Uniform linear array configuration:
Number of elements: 32
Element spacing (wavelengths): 1
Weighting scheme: kaiser
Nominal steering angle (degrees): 60
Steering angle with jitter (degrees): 58.283
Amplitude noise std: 0.05
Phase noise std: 0.05

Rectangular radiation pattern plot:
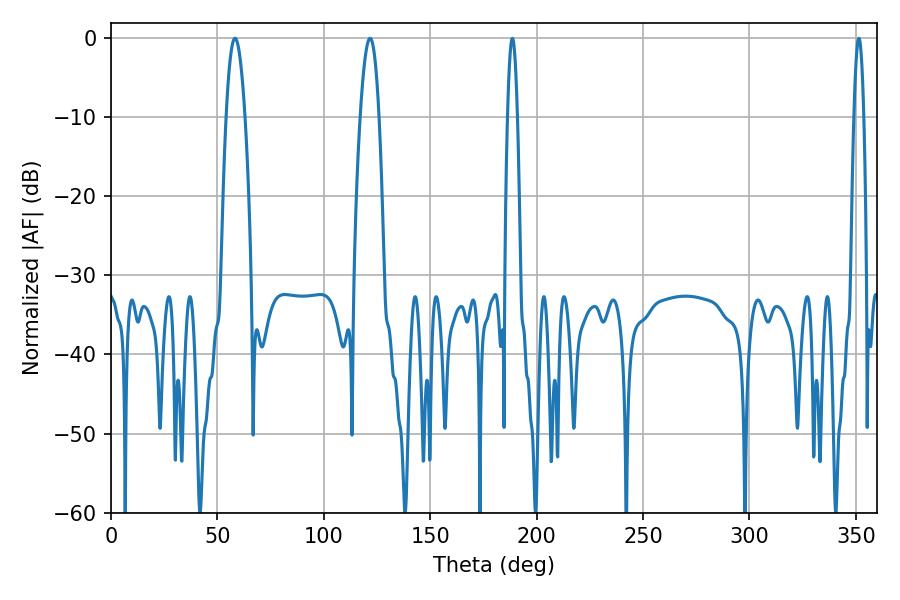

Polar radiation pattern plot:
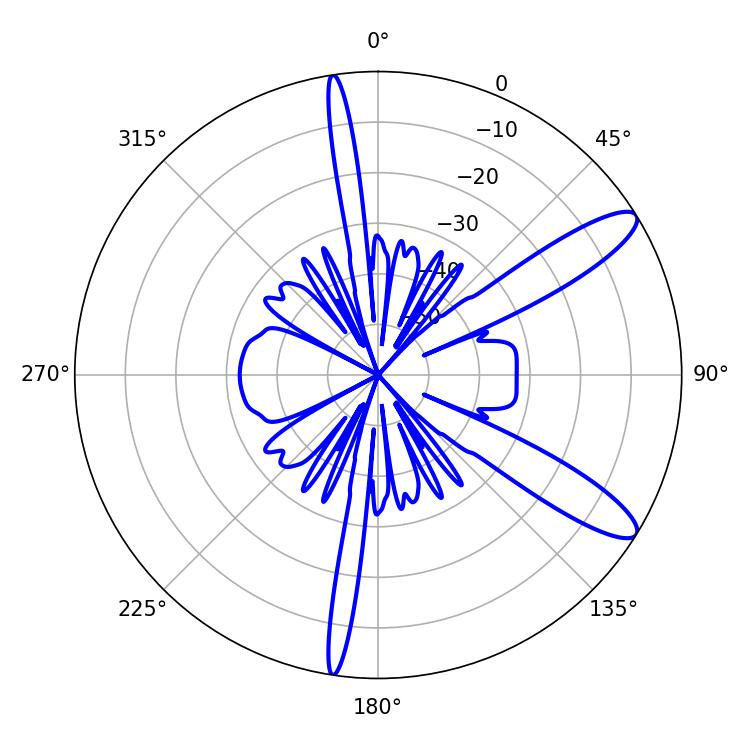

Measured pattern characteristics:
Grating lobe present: TRUE
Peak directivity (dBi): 11.493
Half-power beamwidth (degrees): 4.86
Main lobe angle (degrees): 121.68